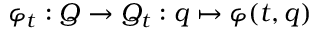
\varphi _ { t } : Q \rightarrow Q _ { t } : q \mapsto \varphi ( t , q )